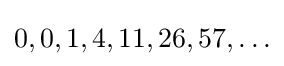
{\textstyle 0,0,1,4,11,26,57,\dots }